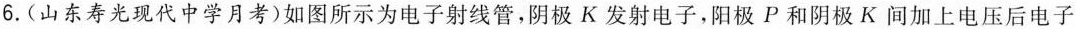
6.(山东寿光现代中学月考)如图所示为电子射线管，阴极K发射电子，阳极P和阴极K间加上电压后电子